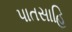
પાતસાહિ